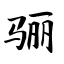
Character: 骊